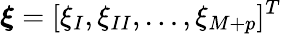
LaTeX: \boldsymbol{\xi}=[\xi_{I},\xi_{II},\dots,\xi_{M+p}]^{T}